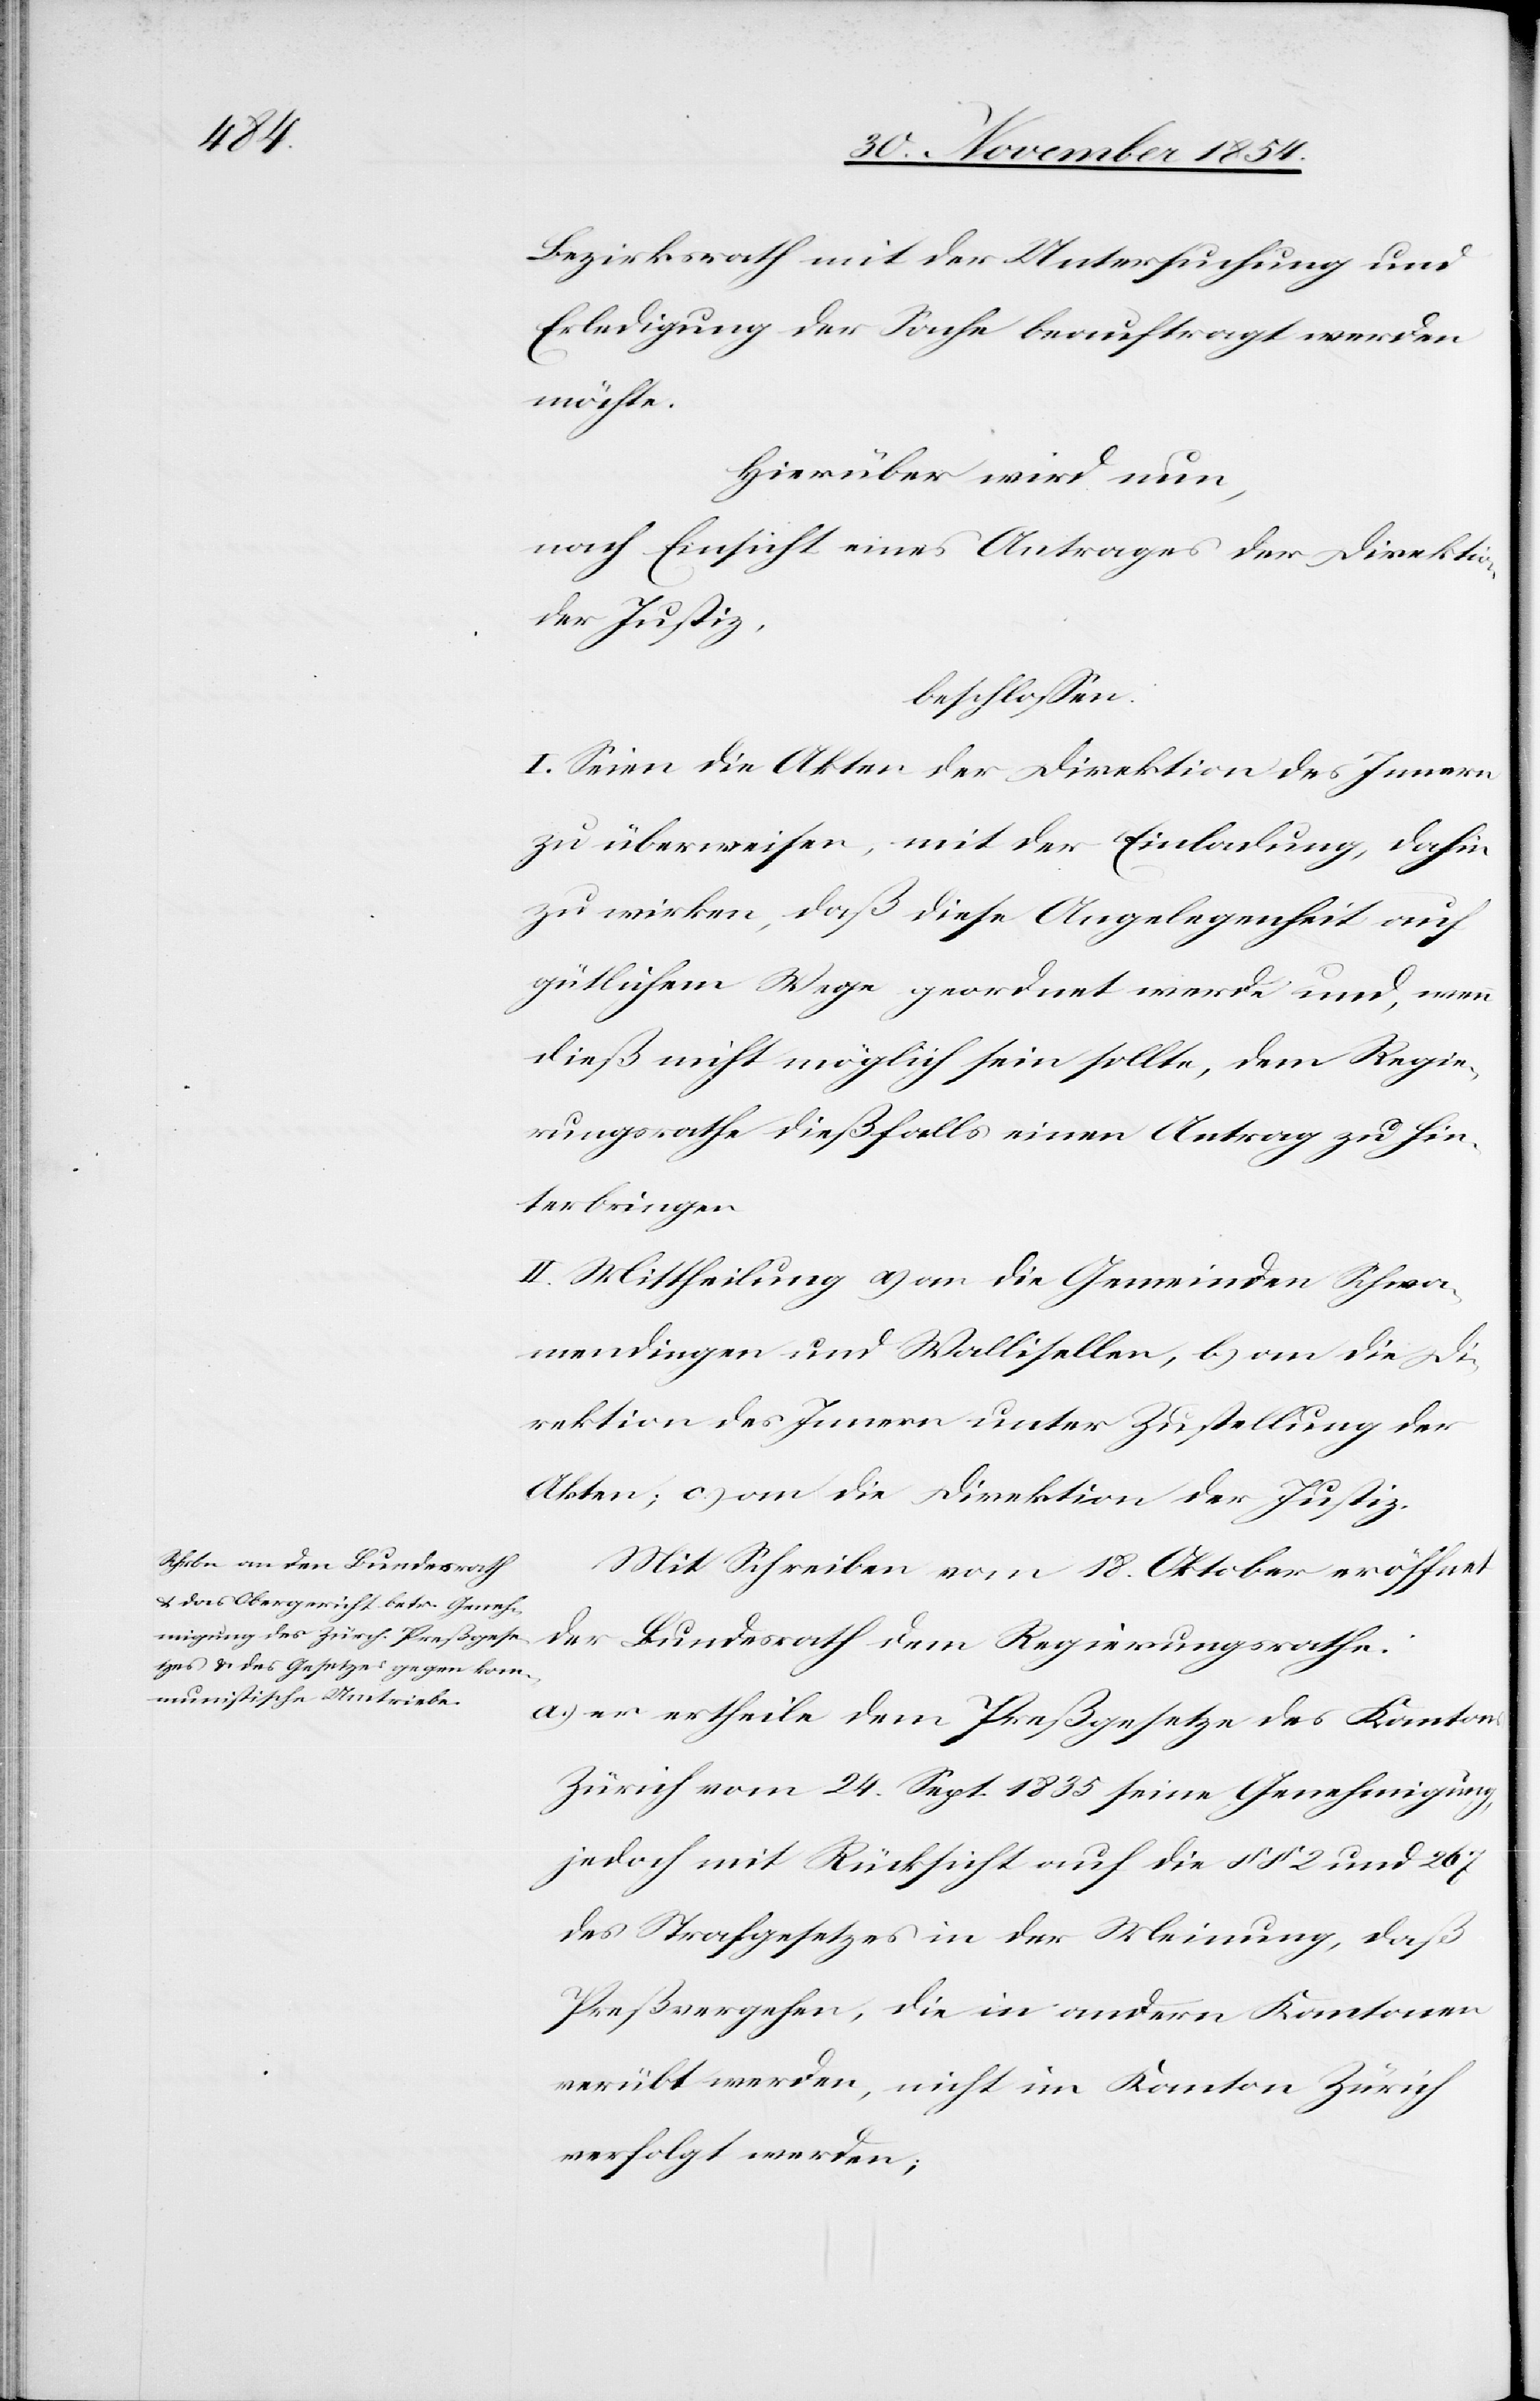
Bezirksrath mit der Untersuchung und
Erledigung der Sache beauftragt werden
möchte.
Hierüber wird nun,
nach Einsicht eines Antrages der Direktion
der Justiz,
beschloßen:
I. Seien die Akten der Direktion des Innern
zu überweisen, mit der Einladung, dahin
zu wirken, daß diese Angelegenheit auf
gütlichem Wege geordnet werde und, wenn
dieß nicht möglich sein sollte, dem Regie¬
rungsrathe dießfalls einen Antrag zu hin¬
terbringen.
II. Mittheilung a) an die Gemeinden Schwa¬
mendingen und Wallisellen, b) an die Di¬
rektion des Innern unter Zustellung der
Akten; c) an die Direktion der Justiz.
Mit Schreiben vom 18. Oktober eröffnet
der Bundesrath dem Regierungsrathe:
a.) er ertheile dem Preßgesetze des Kantons
Zürich vom 24. Sept. 1835 seine Genehmigung,
jedoch mit Rücksicht auf die §§ 1 und 267
des Strafgesetzes in der Meinung, daß
Preßvergehen, die in andern Kantonen
verübt werden, nicht im Kanton Zürich
verfolgt werden;